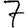
Digit: 7